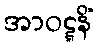
အာဝဋ္ဋနိံ